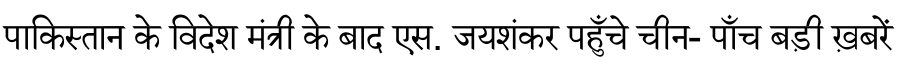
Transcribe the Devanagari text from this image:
पाकिस्तान के विदेश मंत्री के बाद एस. जयशंकर पहुँचे चीन- पाँच बड़ी ख़बरें